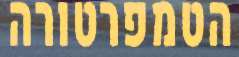
הטמפרטורה